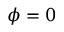
\phi = 0